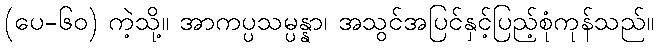
(ပေ-၆၀) ကဲ့သို့။ အာကပ္ပသမ္ပန္နာ၊ အသွင်အပြင်နှင့်ပြည့်စုံကုန်သည်။